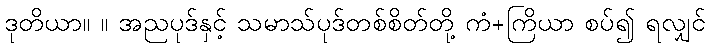
ဒုတိယာ။ ။ အညပုဒ်နှင့် သမာသ်ပုဒ်တစ်စိတ်တို့ ကံ+ကြိယာ စပ်၍ ရလျှင်